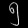
Digit: ၅